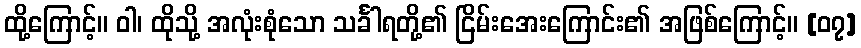
ထို့ကြောင့်။ ဝါ၊ ထိုသို့ အလုံးစုံသော သင်္ခါရတို့၏ ငြိမ်းအေးကြောင်း၏ အဖြစ်ကြောင့်။ [၀၇]